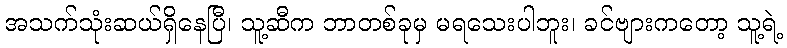
အသက်သုံးဆယ်ရှိနေပြီ၊ သူ့ဆီက ဘာတစ်ခုမှ မရသေးပါဘူး၊ ခင်ဗျားကတော့ သူ့ရဲ့